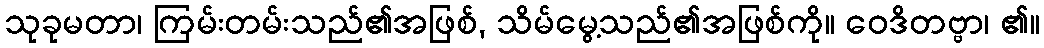
သုခုမတာ၊ ကြမ်းတမ်းသည်၏အဖြစ်, သိမ်မွေ့သည်၏အဖြစ်ကို။ ဝေဒိတဗ္ဗာ၊ ၏။